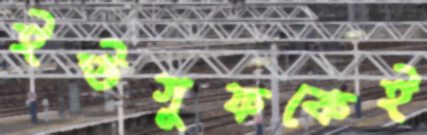
ইউসুফকেই